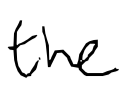
Text: the
Cross-out: clean
Writing tool: digital_black